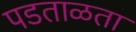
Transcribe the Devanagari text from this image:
पडताळता